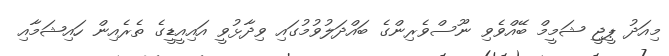
މިއަދު ޕީޖީ ޝަމީމް ބޭއްވެވި ނޫސްވެރިންގެ ބައްދަލުވުމުގައި ވިދާޅުވީ އައިއީޑީގެ ތެރެއިން ހައިޝަމާއި